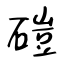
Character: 磑